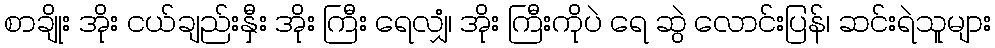
စာချိုး အိုး ငယ်ချည်းနှီး အိုး ကြီး ရေလျှံ၊ အိုး ကြီးကိုပဲ ရေ ဆွဲ လောင်းပြန်၊ ဆင်းရဲသူများ